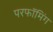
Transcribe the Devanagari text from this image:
परफॉमिंग